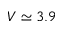
V \simeq 3 . 9